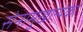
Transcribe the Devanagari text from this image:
सेनामुखान्येको